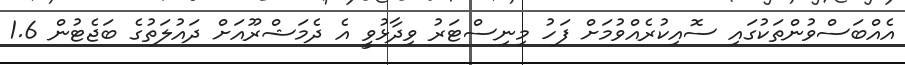
އެއްބަސްވުންތަކުގައި ސޮއިކުރެއްވުމަށް ފަހު މިނިސްޓަރު ވިދާޅުވީ އެ ދެމަޝްރޫއަށް ދައުލަތުގެ ބަޖެޓުން 1.6